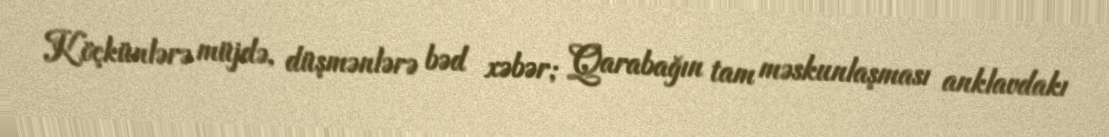
Köçkünlərə müjdə, düşmənlərə bəd xəbər; Qarabağın tam məskunlaşması anklavdakı